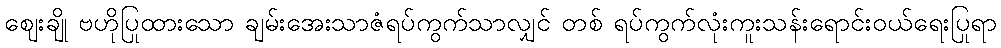
ဈေးချို ဗဟိုပြုထားသော ချမ်းအေးသာဇံရပ်ကွက်သာလျှင် တစ် ရပ်ကွက်လုံးကူးသန်းရောင်းဝယ်ရေးပြုရာ